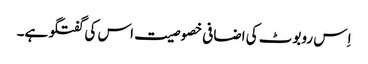
اِ س روبوٹ کی اضافی خصوصیت اس کی گفتگو ہے۔